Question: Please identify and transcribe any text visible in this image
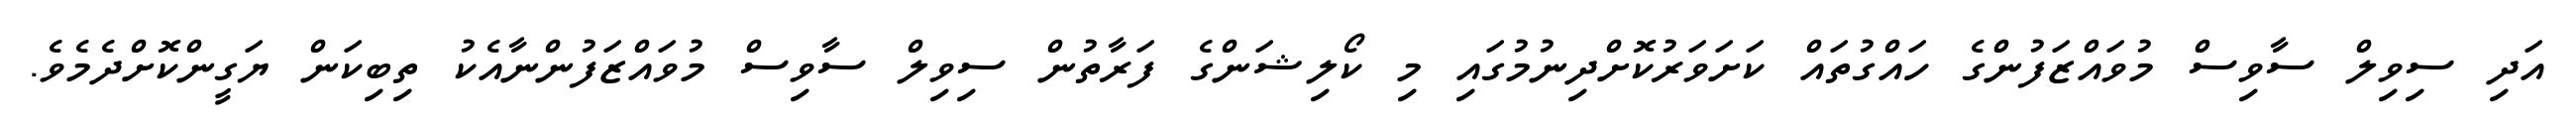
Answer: އަދި ސިވިލް ސާވިސް މުވައްޒަފުންގެ ހައްގުތައް ކަށަވަރުކޮށްދިނުމުގައި މި ކޯލިޝަންގެ ފަރާތުން ސިވިލް ސާވިސް މުވައްޒަފުންނާއެކު ތިބިކަން ޔަގީންކޮށްދެމެވެ.